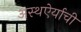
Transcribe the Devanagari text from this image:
अस्थऐर्याची